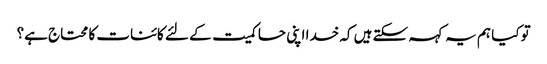
تو کیا ہم یہ کہہ سکتے ہیں کہ خدا اپنی حاکمیت کے لئے کائنات کا محتاج ہے؟